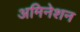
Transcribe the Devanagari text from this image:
अमिनेशन